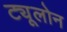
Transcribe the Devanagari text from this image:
ट्यूलोन